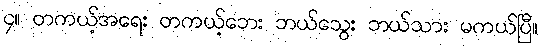
၄။ တကယ့်အရေး တကယ့်ဘေး ဘယ်သွေး ဘယ်သား မကယ်ပြီ။